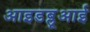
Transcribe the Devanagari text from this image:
आइडब्लूआई